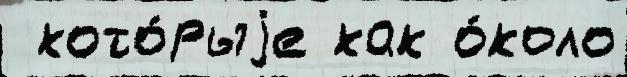
 кото́рыjе как о́коло